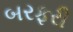
બરફરી